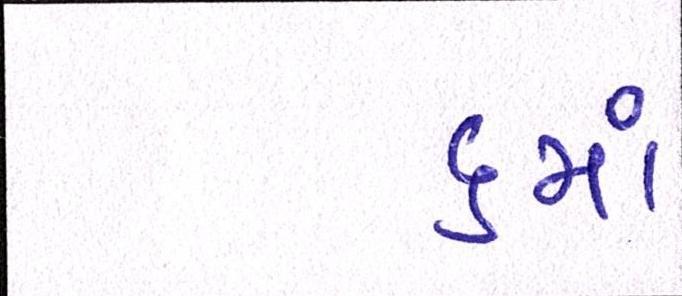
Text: ૬માં